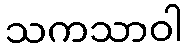
သကသာဝါ